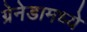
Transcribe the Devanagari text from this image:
ग्रेनेडामध्ये